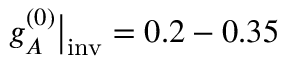
g _ { A } ^ { ( 0 ) } \bigr | _ { \mathrm { i n v } } = 0 . 2 - 0 . 3 5